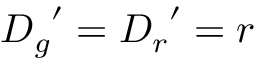
{ D _ { g } } ^ { \prime } = { D _ { r } } ^ { \prime } = r